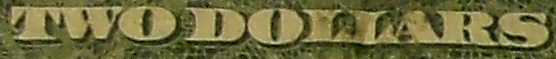
TWODOLLARS